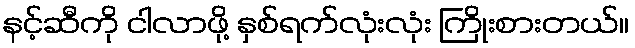
နင့်ဆီကို ငါလာဖို့ နှစ်ရက်လုံးလုံး ကြိုးစားတယ်။